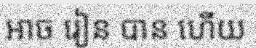
អាច រៀន បាន ហើយ